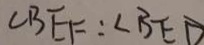
\angle B E F : \angle B E D